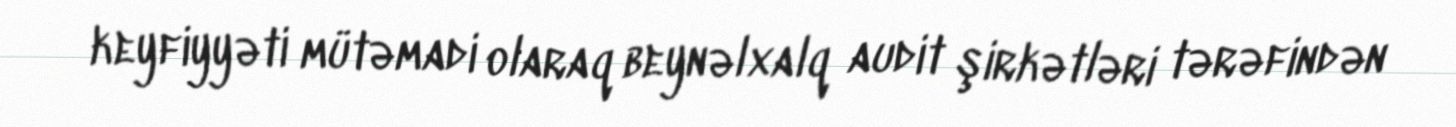
keyfiyyəti mütəmadi olaraq beynəlxalq audit şirkətləri tərəfindən